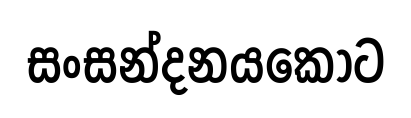
සංසන්දනයකොට